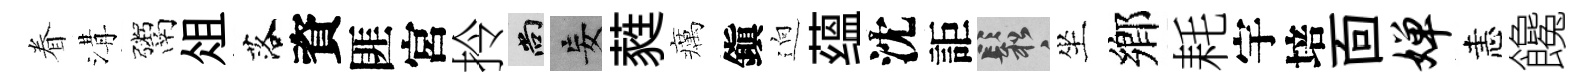
眷溝鬻俎落資匪宮拎尚妄蕤癘鎭逈蕴沈詎鬆坐鄉耗宇培靣婵恚饞